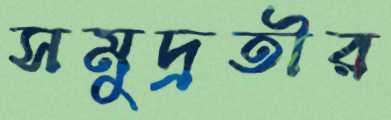
সমুদ্রতীর